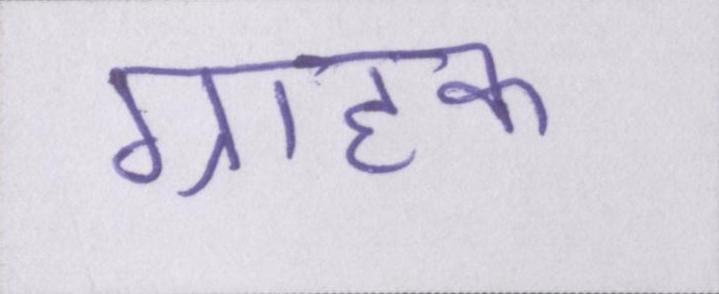
ग्राहक